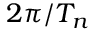
2 \pi / T _ { n }